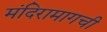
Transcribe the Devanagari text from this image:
मंदिरामागची